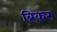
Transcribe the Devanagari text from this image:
ब्रिकर